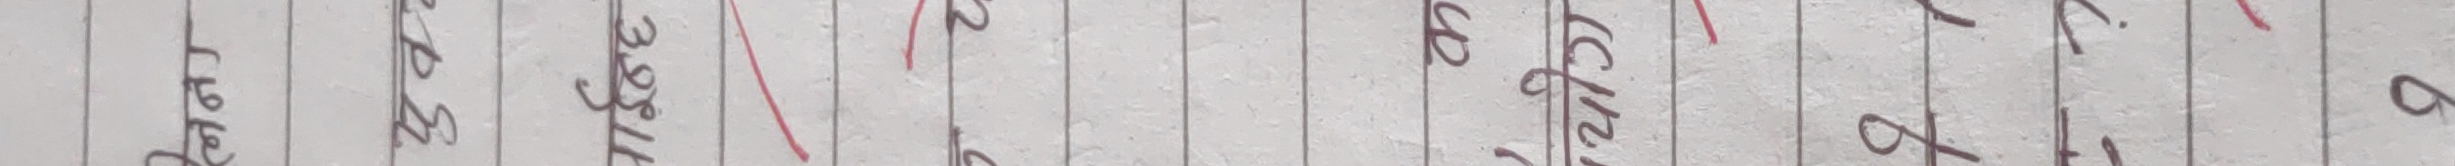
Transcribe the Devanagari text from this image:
हेटौडा ३३४/र छिमेकी 6